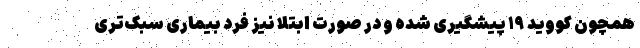
همچون کووید ۱۹ پیشگیری شده و در صورت ابتلا نیز فرد بیماری سبک‌تری